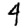
Digit: 4